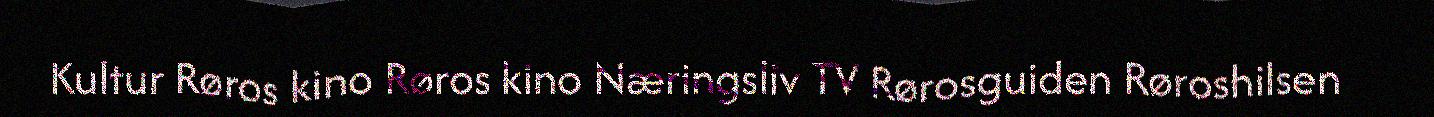
Kultur Røros kino Røros kino Næringsliv TV Rørosguiden Røroshilsen